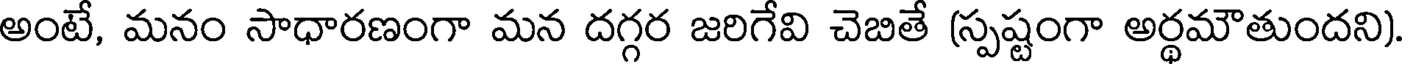
అంటే, మనం సాధారణంగా మన దగ్గర జరిగేవి చెబితే (స్పష్టంగా అర్థమౌతుందని)